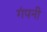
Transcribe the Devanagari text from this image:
गंपनी